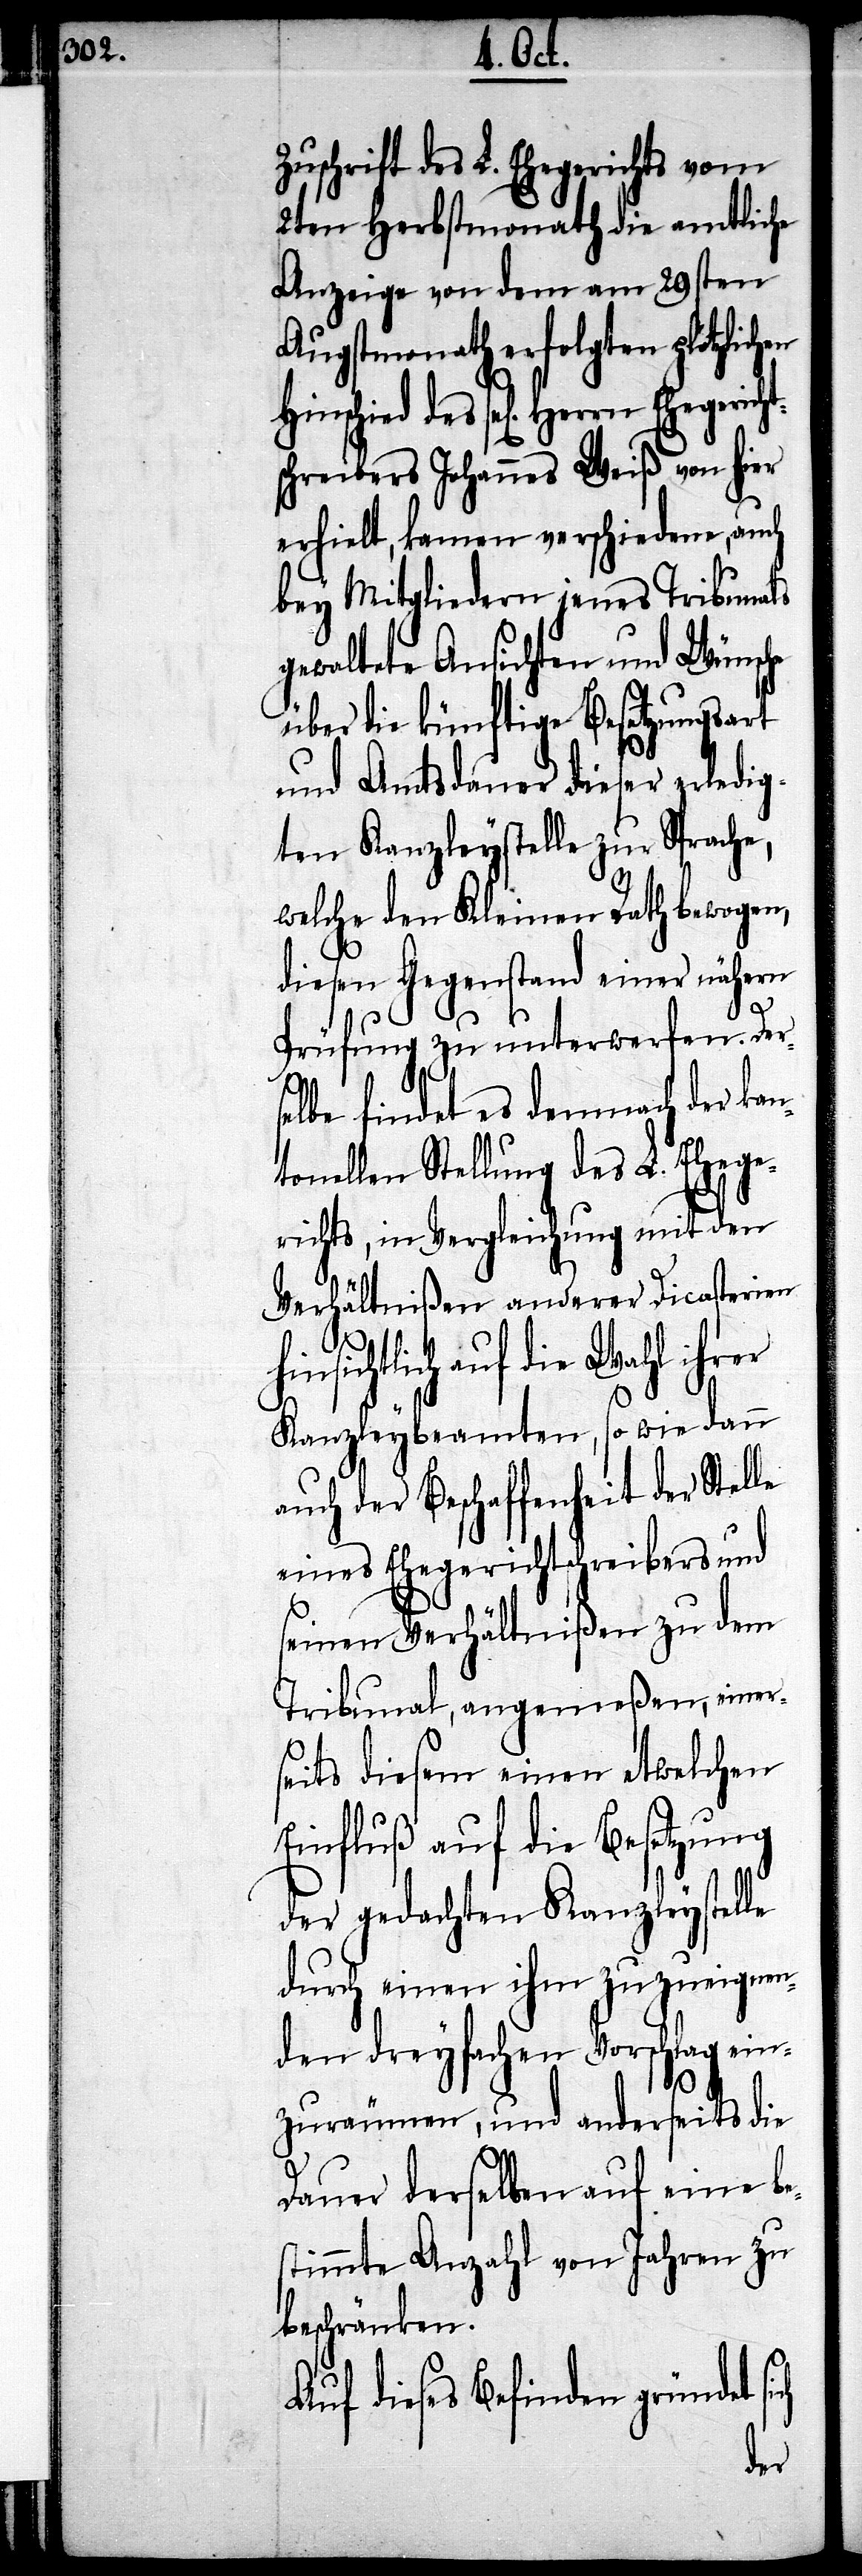
gerichts¬
Zuschrift des L. Ehegerichts vom
2ten Herbstmonath die amtliche
Anzeige von dem am 29sten
Augstmonath erfolgten plötzlichen
Hinschied des sel[igen] Herrn Eh¬
chreiber Johannes Weiß von hier
erhielt, kamen verschiedene, auch
bey Mitgliedern jenes Tribunals
gewaltete Ansichten und Wünsche
über die künftige Besetzungsart
und Amtsdauer dieser erledig¬
ten Kanzleystelle zur Sprache,
welche den Kleinen Rath bewogen,
diesen Gegenstand einer nähern
ch
Prüfung zu unterwerfen. Der¬
selbe findet es demnach der kan¬
tonellen Stellung des L. Ehege¬
richts, in Vergleichung mit den
Verhältnißen anderer Dicasterien
insichtlich auf die Wahl ihrer
Kanzleybeamten, so wie dann
auch der Beschaffenheit der Stelle
eines Ehegerichtschreiber und
seinen Verhältnißen zu dem
Tribunal, angemeßen, einer¬
seits diesem einen etwelchen
Einfluß auf die Besetzung
der gedachten Kanzleystelle
durch einen ihm zuzueignen¬
den dreyfachen Vorschlag ein¬
zuräumen, und anderseits die
Dauer derselben auf eine be¬
stimmte Anzahl von Jahren zu
beschränken.
Auf dieses Befinden gründet si¬